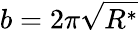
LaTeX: b=2\pi\sqrt{R^{*}}